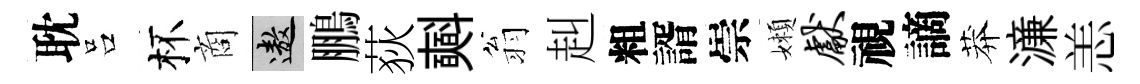
耽吕杯商遨鵬荻𣂏翁赳粗諝崇嬾献視謫莽濓恙